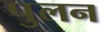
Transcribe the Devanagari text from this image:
पुलन